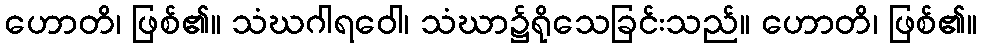
ဟောတိ၊ ဖြစ်၏။ သံဃဂါရဝေါ၊ သံဃာ၌ရိုသေခြင်းသည်။ ဟောတိ၊ ဖြစ်၏။